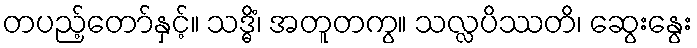
တပည့်တော်နှင့်။ သဒ္ဓိံ၊ အတူတကွ။ သလ္လပိဿတိ၊ ဆွေးနွေး